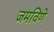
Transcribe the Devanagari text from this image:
जमविणे